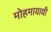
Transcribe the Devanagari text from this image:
मोहमायाथी